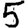
Digit: 5